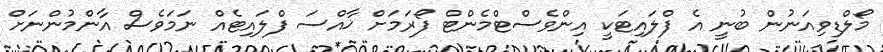
މޯލްޑިވިއަނުން ބުނީ އެ ފްލައިޓަކީ އިންވެސްޓްމެންޓް ފޯރަމަށް ޚާއްސަ ފްލައިޓެއް ނަމަވެސް އާންމުންނަށް